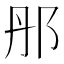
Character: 䢷